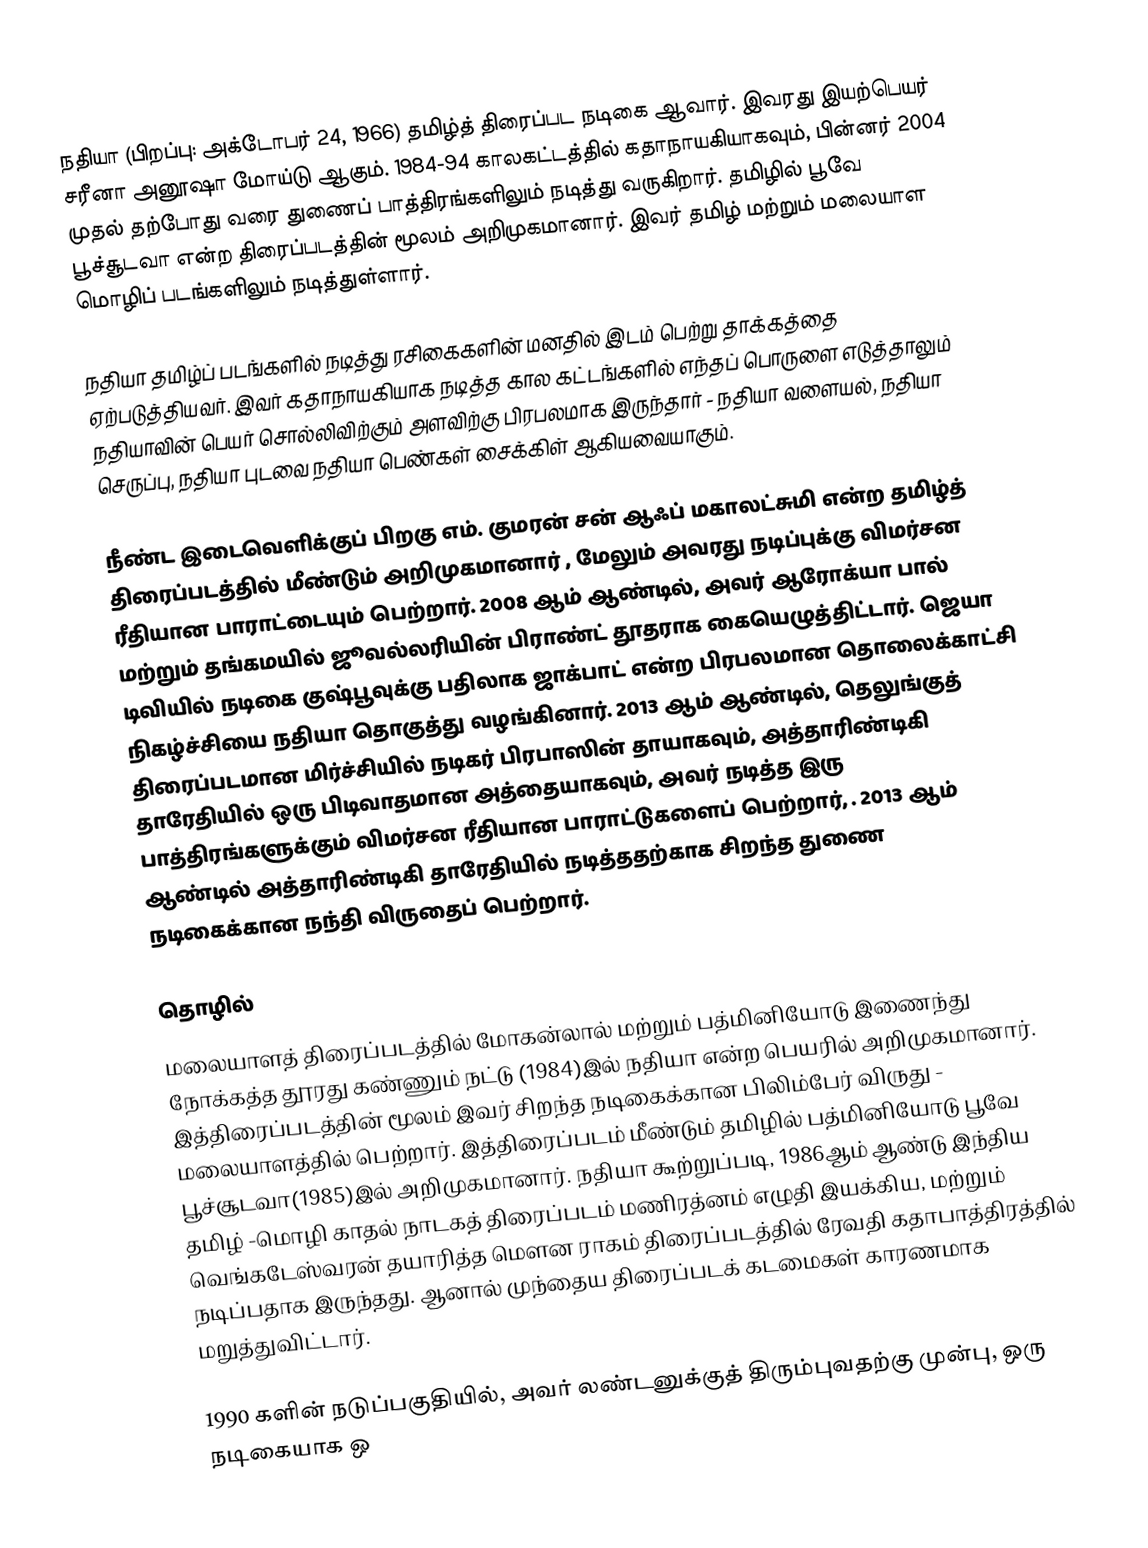
நதியா (பிறப்பு: அக்டோபர் 24, 1966) தமிழ்த் திரைப்பட நடிகை ஆவார். இவரது இயற்பெயர் சரீனா அனூஷா மோய்டு ஆகும். 1984-94 காலகட்டத்தில் கதாநாயகியாகவும், பின்னர் 2004 முதல் தற்போது வரை துணைப் பாத்திரங்களிலும் நடித்து வருகிறார். தமிழில் பூவே பூச்சூடவா என்ற திரைப்படத்தின் மூலம் அறிமுகமானார். இவர் தமிழ் மற்றும் மலையாள மொழிப் படங்களிலும் நடித்துள்ளார்.

நதியா தமிழ்ப் படங்களில் நடித்து ரசிகைகளின் மனதில் இடம் பெற்று தாக்கத்தை ஏற்படுத்தியவர். இவர் கதாநாயகியாக நடித்த கால கட்டங்களில் எந்தப் பொருளை எடுத்தாலும் நதியாவின் பெயர் சொல்லிவிற்கும் அளவிற்கு பிரபலமாக இருந்தார் - நதியா வளையல், நதியா செருப்பு, நதியா புடவை நதியா பெண்கள் சைக்கிள் ஆகியவையாகும்.

நீண்ட இடைவெளிக்குப் பிறகு எம். குமரன் சன் ஆஃப் மகாலட்சுமி என்ற தமிழ்த் திரைப்படத்தில் மீண்டும் அறிமுகமானார் , மேலும் அவரது நடிப்புக்கு விமர்சன ரீதியான பாராட்டையும் பெற்றார். 2008 ஆம் ஆண்டில், அவர் ஆரோக்யா பால் மற்றும் தங்கமயில் ஜூவல்லரியின் பிராண்ட் தூதராக கையெழுத்திட்டார். ஜெயா டிவியில் நடிகை குஷ்பூவுக்கு பதிலாக ஜாக்பாட் என்ற பிரபலமான தொலைக்காட்சி நிகழ்ச்சியை நதியா தொகுத்து வழங்கினார். 2013 ஆம் ஆண்டில், தெலுங்குத் திரைப்படமான மிர்ச்சியில் நடிகர் பிரபாஸின் தாயாகவும், அத்தாரிண்டிகி தாரேதியில் ஒரு பிடிவாதமான அத்தையாகவும், அவர் நடித்த இரு பாத்திரங்களுக்கும் விமர்சன ரீதியான பாராட்டுகளைப் பெற்றார், . 2013 ஆம் ஆண்டில் அத்தாரிண்டிகி தாரேதியில் நடித்ததற்காக சிறந்த துணை நடிகைக்கான நந்தி விருதைப் பெற்றார்.

தொழில்
மலையாளத் திரைப்படத்தில் மோகன்லால் மற்றும் பத்மினியோடு இணைந்து நோக்கத்த தூரது கண்ணும் நட்டு (1984)இல் நதியா என்ற பெயரில் அறிமுகமானார். இத்திரைப்படத்தின் மூலம் இவர் சிறந்த நடிகைக்கான பிலிம்பேர் விருது - மலையாளத்தில் பெற்றார். இத்திரைப்படம் மீண்டும் தமிழில் பத்மினியோடு பூவே பூச்சூடவா(1985)இல் அறிமுகமானார்.  நதியா கூற்றுப்படி, 1986ஆம் ஆண்டு இந்திய தமிழ் -மொழி காதல் நாடகத் திரைப்படம் மணிரத்னம் எழுதி இயக்கிய, மற்றும் வெங்கடேஸ்வரன் தயாரித்த மௌன ராகம் திரைப்படத்தில் ரேவதி கதாபாத்திரத்தில் நடிப்பதாக இருந்தது. ஆனால் முந்தைய திரைப்படக் கடமைகள் காரணமாக மறுத்துவிட்டார்.

1990 களின் நடுப்பகுதியில், அவர் லண்டனுக்குத் திரும்புவதற்கு முன்பு, ஒரு நடிகையாக ஒ